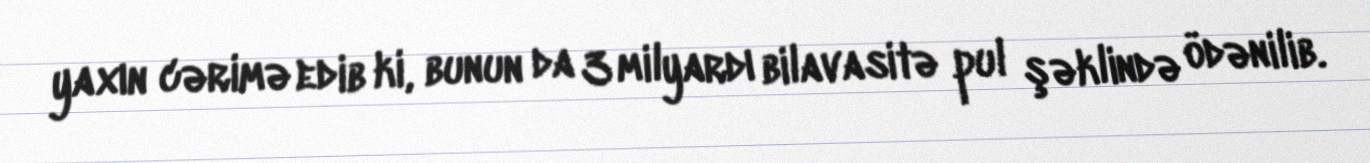
yaxın cərimə edib ki, bunun da 3 milyardı bilavasitə pul şəklində ödənilib.